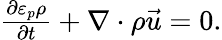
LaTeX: \begin{array}{r}{\frac{\partial\varepsilon_{p}\rho}{\partial t}+\nabla\cdot\rho\vec{u}=0.}\end{array}